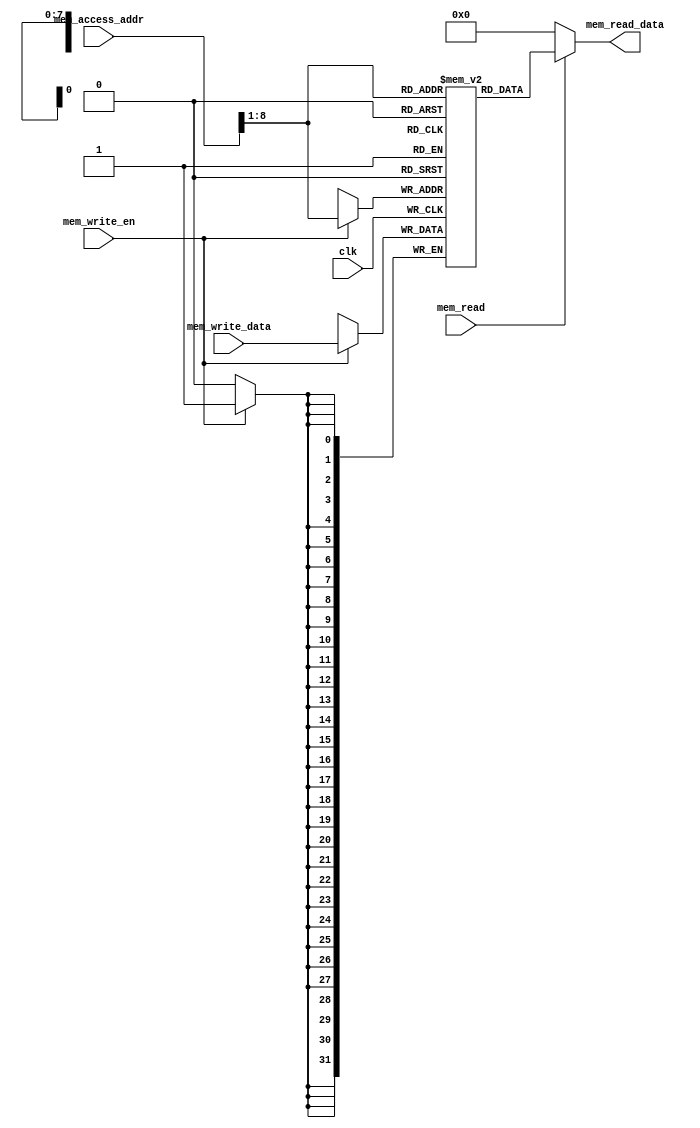
 module Data_Memory  
 (  
      input                         clk,  
      // address input, shared by read and write port  
      input     [31:0]               mem_access_addr,  
      // write port  
      input     [31:0]               mem_write_data,  
      input                         mem_write_en,  
      input mem_read,  
      // read port  
      output     [31:0]               mem_read_data  
 );  
      integer i;  
      reg [31:0] ram [255:0];  
      wire [7 : 0] ram_addr = mem_access_addr[8 : 1];  
      initial begin  
           for(i=0;i<256;i=i+1)  
                ram[i] <= 32'd0;  
      end  
      always @(posedge clk) begin  
           if (mem_write_en)  
                ram[ram_addr] <= mem_write_data;  
      end  
      assign mem_read_data = (mem_read==1'b1) ? ram[ram_addr]: 32'd0;   
 endmodule